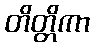
တိတ္တိကာ